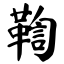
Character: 鞫